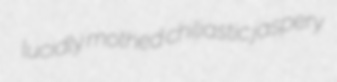
lucidly mothed chiliastic jaspery